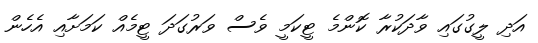
އަދި ލީގުގައި ވާދަކުރާ ކޮންމެ ޓީކަމީ ވެސް ވަރުގަދަ ޓީމެއް ކަމަށާއި އެހެން